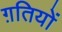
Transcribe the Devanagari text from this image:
ग़तियों